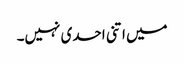
میں اتنی احدی نہیں۔